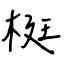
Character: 梃